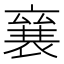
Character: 𮖠